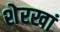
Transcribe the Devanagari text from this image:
शेरखां